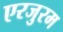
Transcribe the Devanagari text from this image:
एरजुरम